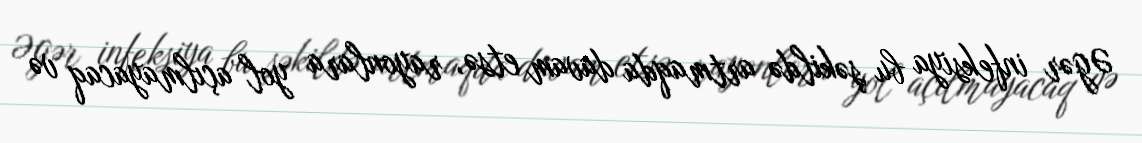
Əgər infeksiya bu şəkildə artmaqda davam etsə, rayonlara yol açılmayacaq və